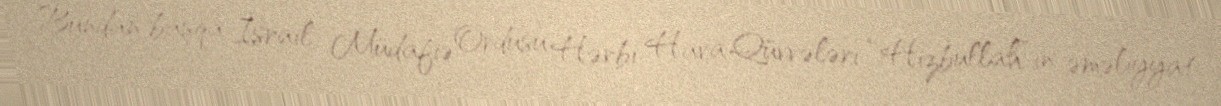
Bundan başqa İsrail Müdafiə Ordusu Hərbi Hava Qüvvələri “Hizbullah”ın əməliyyat